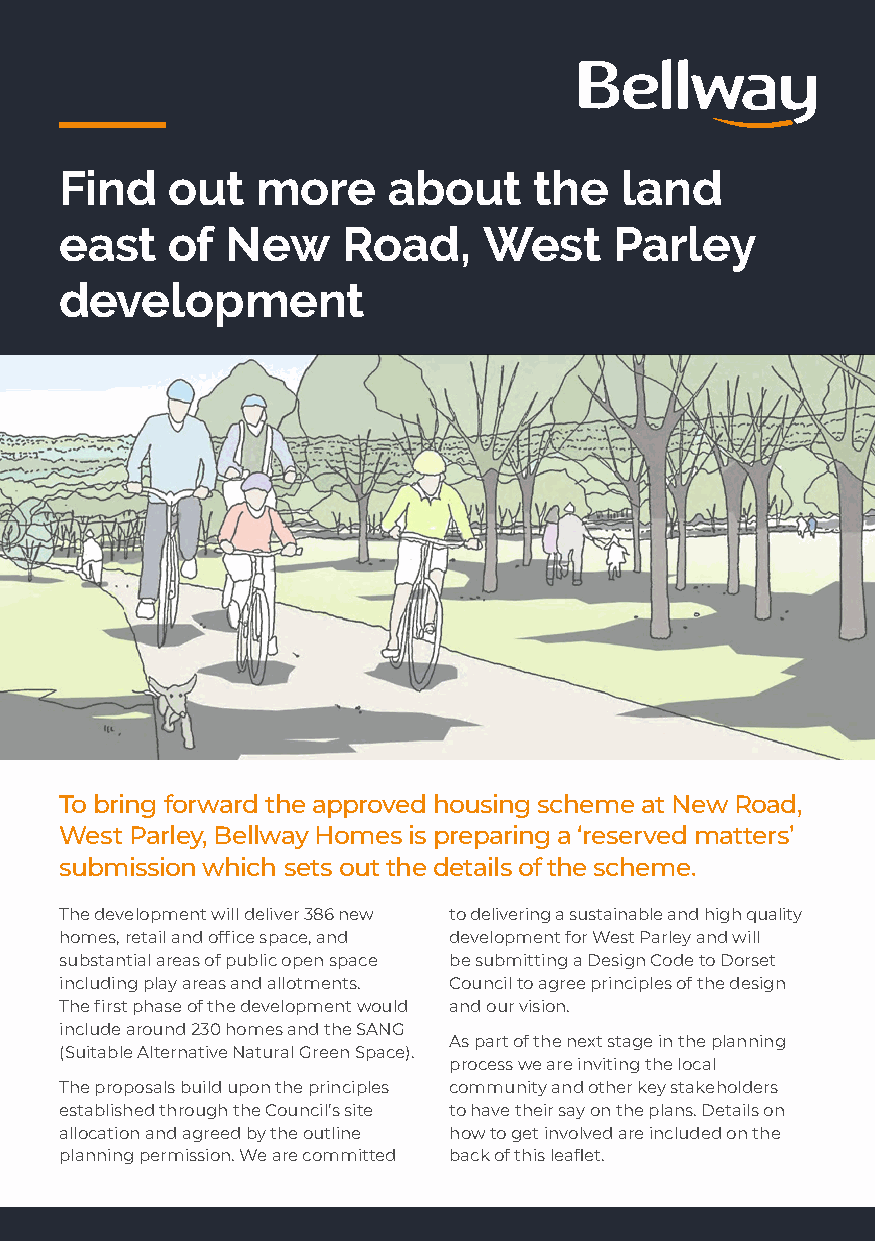
Find   out   more     about    the   land
 east   of  New     Road,    West     Parley
 development
 To bring forward the approved housing scheme at New Road,
 West Parley, Bellway Homes is preparing a ‘reserved matters’
 submission which sets out the details of the scheme.
 The development will deliver 386 new to delivering a sustainable and high quality
 homes, retail and office space, and development for West Parley and will
 substantial areas of public open space be submitting a Design Code to Dorset
 including play areas and allotments. Council to agree principles of the design
 The first phase of the development would and our vision.
 include around 230 homes and the SANG
 As part of the next stage in the planning
 (Suitable Alternative Natural Green Space).
 process we are inviting the local
 The proposals build upon the principles community and other key stakeholders
 established through the Council’s site to have their say on the plans. Details on
 allocation and agreed by the outline how to get involved are included on the
 planning permission. We are committed back of this leaflet.